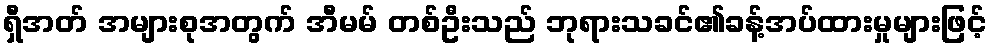
ရှီအတ် အများစုအတွက် အီမမ် တစ်ဦးသည် ဘုရားသခင်၏ခန့်အပ်ထားမှုများဖြင့်